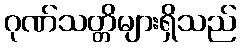
ဂုဏ်သတ္တိများရှိသည်